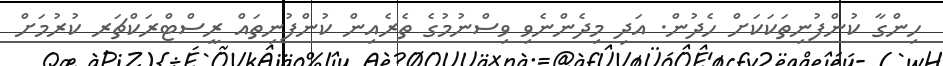
ހިންގާ ކުންފުނިތަކަކަށް ހެދުން. އަދި މިދެންނެވި ވިސްނުމުގެ ތެރެއިން ކުންފުނިތައް ރީސްޓްރަކްޗަރ ކުރުމަށް